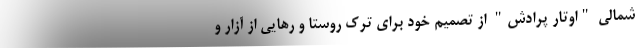
شمالی "اوتار پرادش" از تصمیم خود برای ترک روستا و رهایی از آزار و